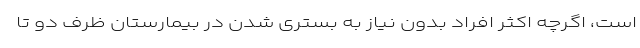
است، اگرچه اکثر افراد بدون نیاز به بستری شدن در بیمارستان ظرف دو تا